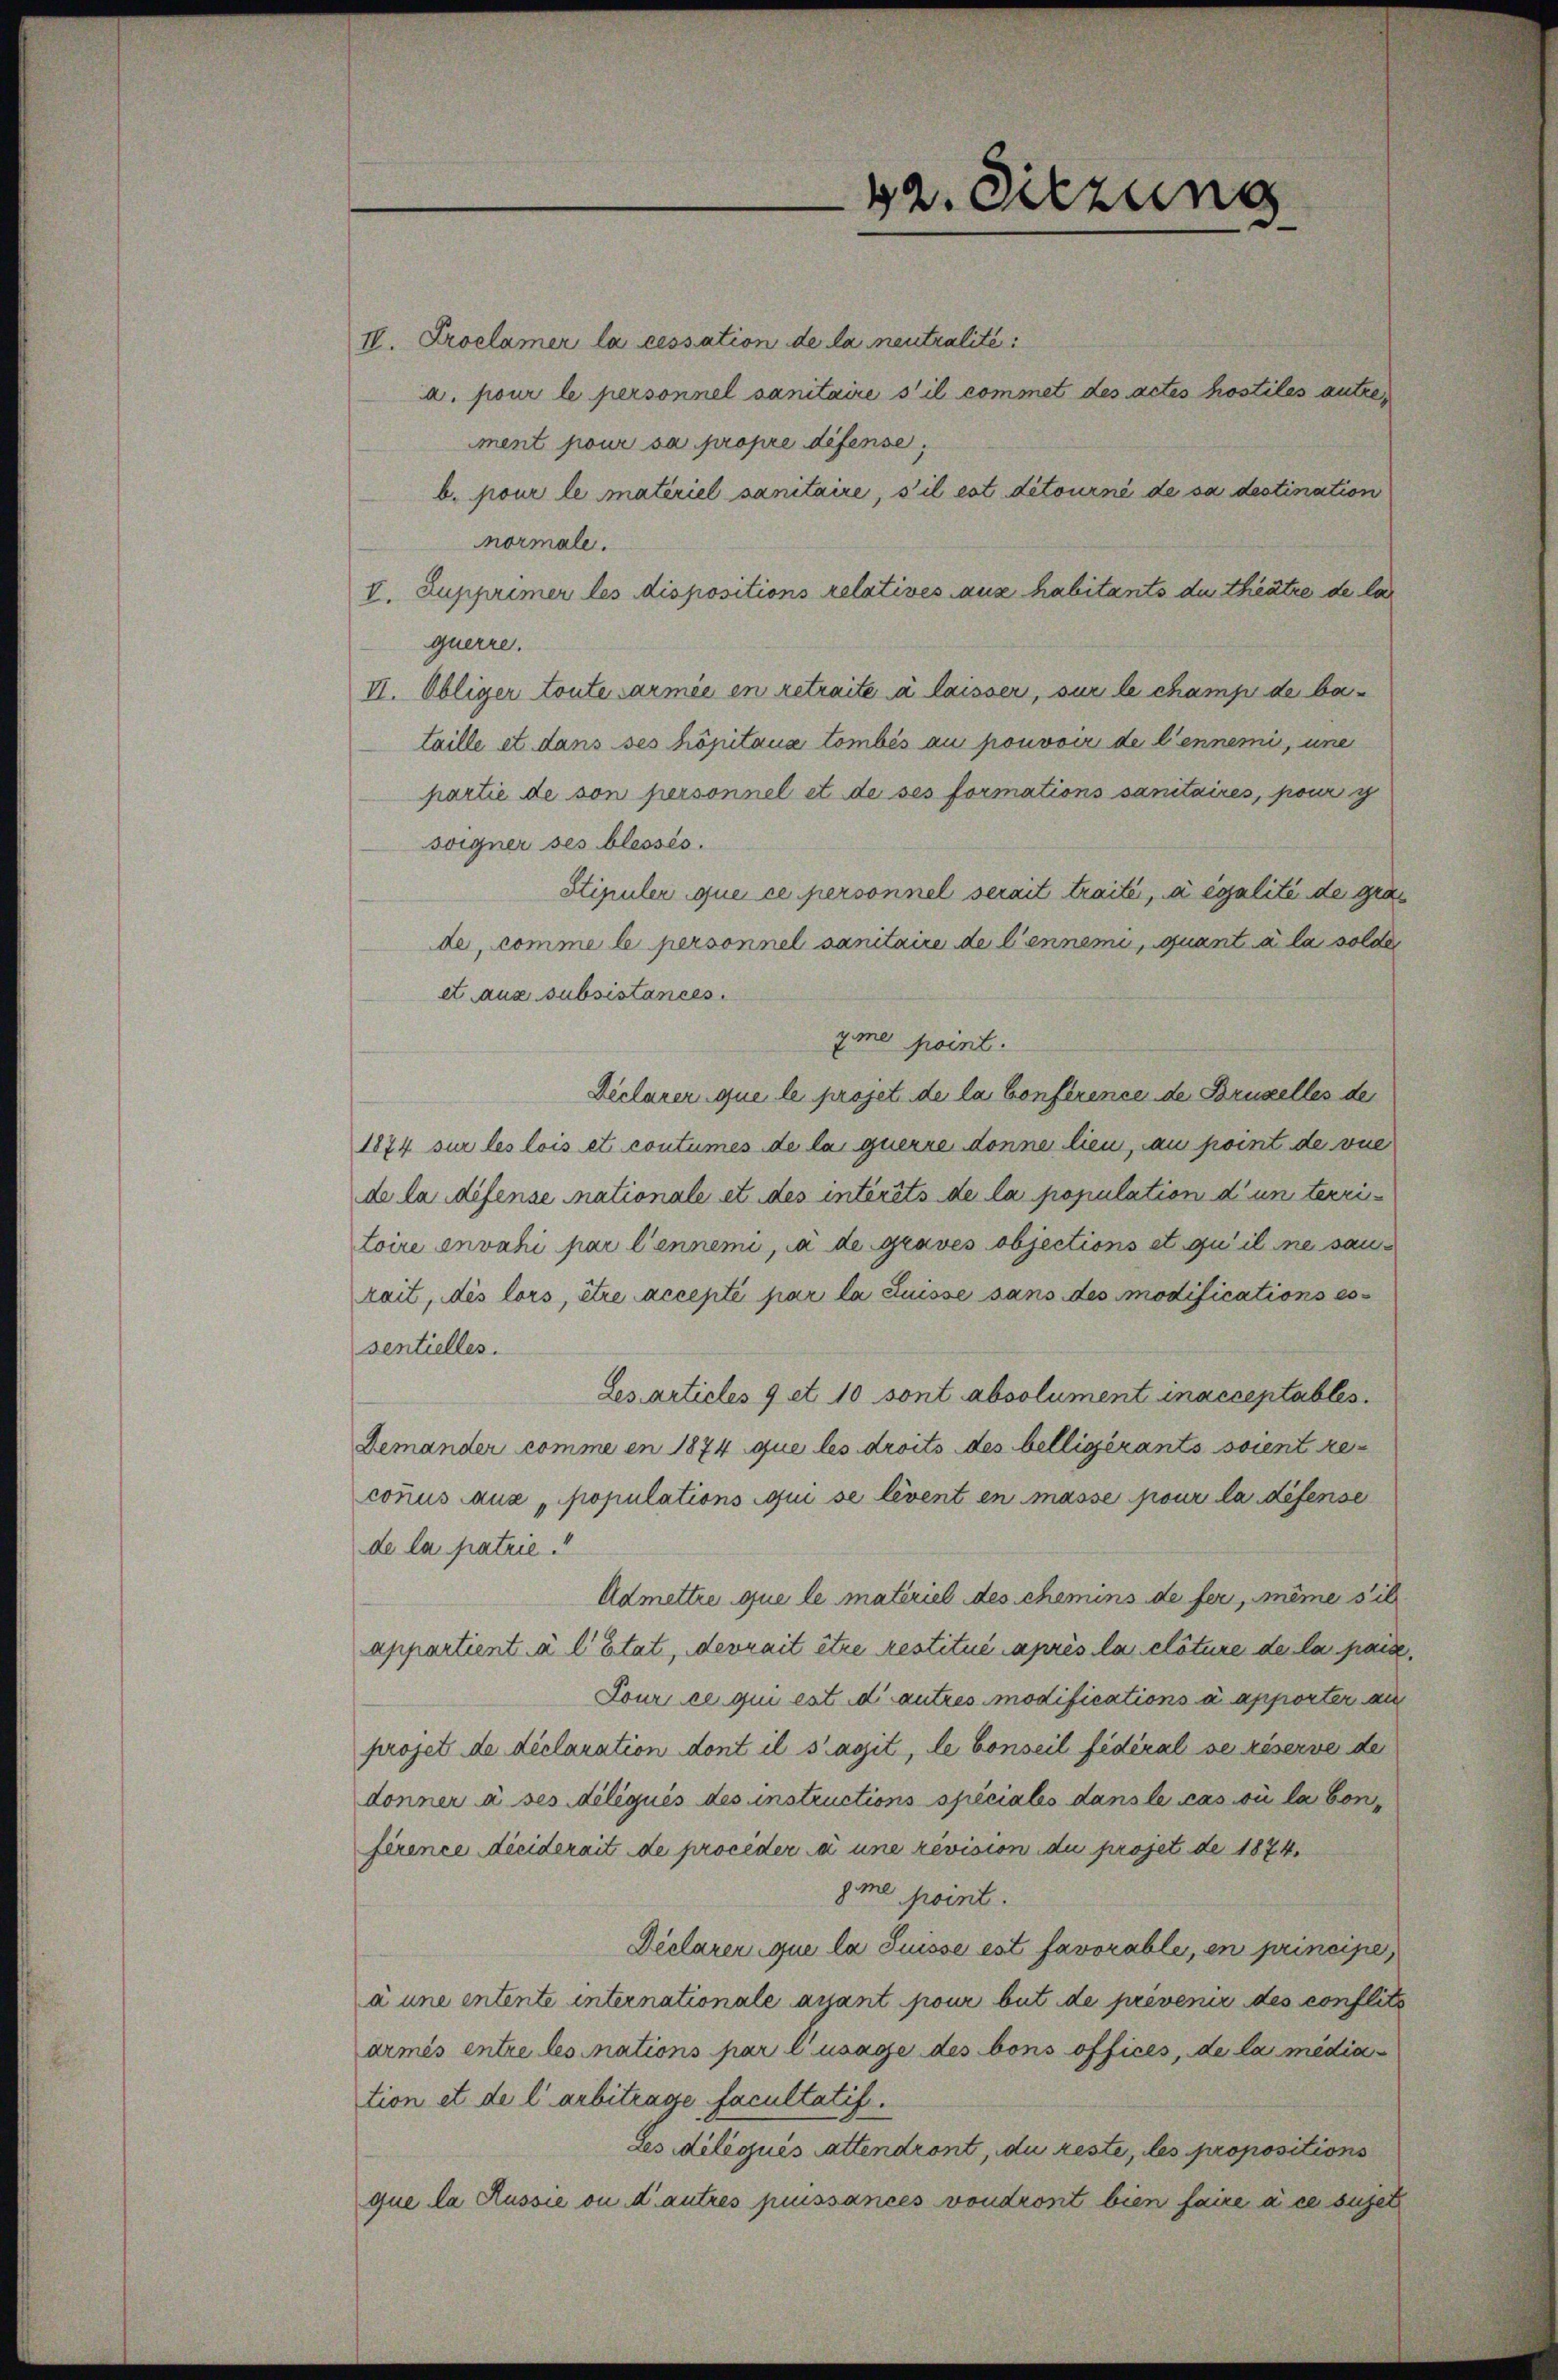
42. Sitzung

IV. Proclamer la cessation de la neutralité
a. pour le personnel sanitaire s’il commet des actes hostiles autrement pour sa propre défense,
b. pour le materiel sanitaire, s’il est détourné de sa destination
normale.
V. Supprimer les dispositions relatives aus habitants du theatre de la
querre.
VI. Obliger toute armée en retraite à laisser, sur le champ de bataille et dans ses höpitaux tombés au pouvoir de l’ennemi, une
partie de son personnel et de ses formations sanitaires, pour g
soigner ses blessés.
Stipuler que ce personnel serait traite, a égalité de gräs
de, comme le personnel sanitaire de liennemi, quant à la solde
et aus subsistances.
zme point.
Declarer que le projet de la Conference de Bruselles de
1874 sur les lois et coutumes de la querre donne lieu, au point de vue
de la difense mationale et des intérêts de la population d’un terri¬
Loire envahi par l’ennemi, ja de Graves objections et qu’il ne sanrait, des lors, être accepté par la Suisse sans des modifications es
sentielles.
Lesarticles 9 et 10 sont absolument inacceptables.
Demander comme en 1874 que les droits des belligerants soient ze
conus aus „populations qui se levent en masse pour la défense
de la patrie
Admettre que le materiel des chemins de fer, même sit
appartient à l’Etat, devrait être restitué après la clôture de la pane.
Tour ce qui est d’autres modifications à apporter au
projet de déclaration dont il s’agit, le Conseil fédéral se réserve der
donner à ses diligués des instructions spéciales dans le cas où la bon
férence dieiderait de proceder à une revision du projet de 1874.
gme point.
Déclarer que la Suisse est favorables, en principe,
à une entente internationale avant pour but de prévenir des conflits
armés entre les inations par l’usage des bons offices, de la mediation et de larbitrage facultatif.
Les délégués attendront, du reste, les propositions
que la Russie ou d’autres puissances voudront bien faire à ce sujet